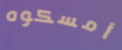
أمسكوه